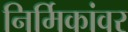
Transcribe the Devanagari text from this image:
निर्मिकांवर